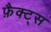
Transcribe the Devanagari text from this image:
फ़ैक्ट्स